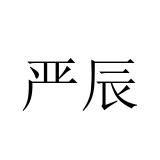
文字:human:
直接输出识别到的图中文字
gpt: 严辰